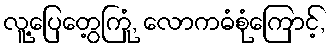
လူ့ပြေတွေ့ကြုံ, လောကဓံစုံကြောင့်,